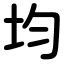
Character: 均